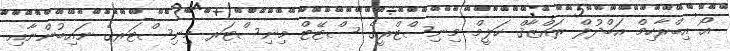
އޯ އިބްރާހިމް އަބްދުލް ރައްޒާޤް ހަލީމް މިނިސްޓްރީގެ ސްޓޭޓް މިނިސްޓަރ މިނިސްޓަރގެ ނައިބުންނާއި